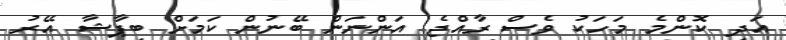
އަދި ކޮންމެ މަހަކު ވެސް ރާއްޖެ އަންނަން ބޭނުން ކަމަށް ބިޕާޝާ އޭރު